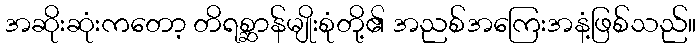
အဆိုးဆုံးကတော့ တိရစ္ဆာန်မျိုးစုံတို့၏ အညစ်အကြေးအနံ့ဖြစ်သည်။